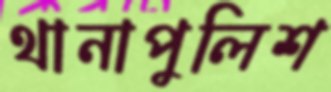
থানাপুলিশ